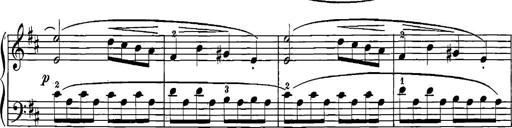
Title: 12 Sonatinas
Composer: Ignaz Pleyel